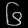
Digit: ၆